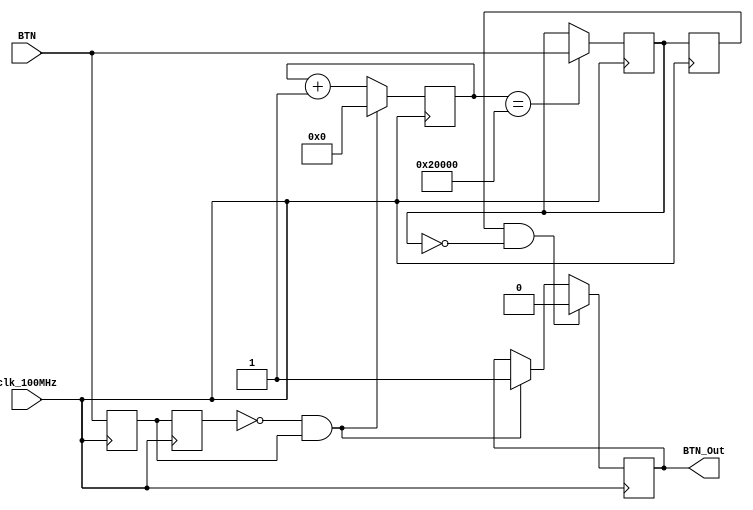
`timescale 1ns / 1ps
//////////////////////////////////////////////////////////////////////////////////
// Company: 
// Engineer: 
// 
// Design Name: 
// Module Name:    xiaodou 
// Project Name: 
// Target Devices: 
// Tool versions: 
// Description: 
//
// Dependencies: 
//
// Revision: 
// Revision 0.01 - File Created
// Additional Comments: 
//
//////////////////////////////////////////////////////////////////////////////////
module xiaodou(
    input clk_100MHz,
    input BTN,
    output reg BTN_Out
    );
    reg BTN1,BTN2;
    wire BTN_Down;
    reg [21:0] cnt;
    reg BTN_20ms_1,BTN_20ms_2;
    wire BTN_Up;
    
    always @(posedge clk_100MHz)
    begin
        BTN1 <= BTN;
        BTN2 <= BTN1;
    end
    assign BTN_Down = (~BTN2)&& BTN1 ; //01
    
    always @(posedge clk_100MHz)
    begin
        if (BTN_Down) 
            begin
                cnt <= 22'b0;
                BTN_Out <= 1'b1;
            end
        else    cnt <= cnt+1'b1;
        if (cnt==22'h20000) BTN_20ms_1 <= BTN;
        BTN_20ms_2 <= BTN_20ms_1;
        if (BTN_Up) BTN_Out <= 1'b0;
    end
    
    assign BTN_Up = BTN_20ms_2 && (~BTN_20ms_1);//10
    
endmodule